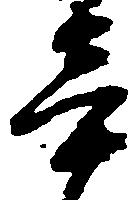
辛